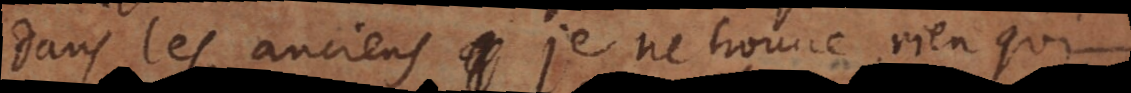
dans les anciens je ne trouve rien qui